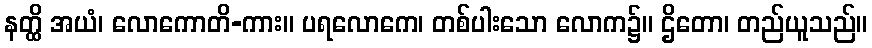
နတ္ထိ အယံ၊ လောကောတိ-ကား။ ပရလောကေ၊ တစ်ပါးသော လောက၌။ ဌိတော၊ တည်ယူသည်။